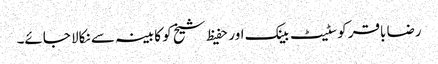
رضا باقر کوسٹیٹ بینک اور حفیظ شیخ کو کابینہ سے نکالا جائے۔